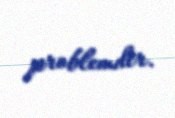
problemdir.